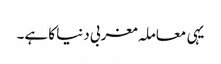
یہی معاملہ مغربی دنیا کا ہے۔